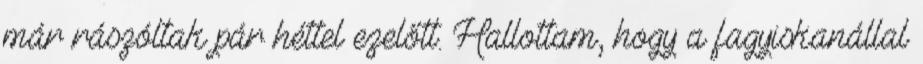
már rászóltak pár héttel ezelőtt. Hallottam, hogy a fagyiskanállal